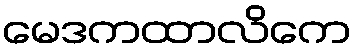
မေဒကထာလိကေ